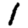
Digit: 1